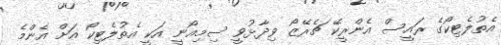
އެތުލެޓިކޯގެ ރައީސް އެންރީކޭ ޗެރޭޒޯ ވިދާޅުވީ ސިމިއޯނީ އަކީ އެތުލެޓިކޯ އަށް އެންމެ